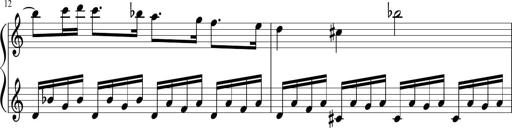
Title: Sonatina di Santa Gemma, JKB 12
Composer: Jason Baruk
Key: F major